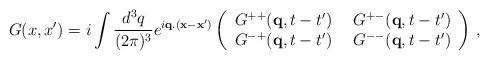
LaTeX: \begin{align*}G(x,x') = i \int \frac{d^3 q}{(2 \pi)^3} e^{i {\bf q} . ({\bf x} - {\bf x}')}\left(\begin{array}{ll}G^{++}({\bf q}, t- t') & \:\: G^{+-}({\bf q}, t-t') \\G^{-+}({\bf q}, t- t') & \:\: G^{--}({\bf q}, t-t')\end{array}\right) \: ,\end{align*}